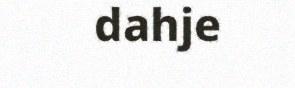
dahje